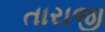
તારાજી